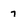
Character: 7